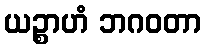
ယဉ္စာဟံ ဘဂဝတာ